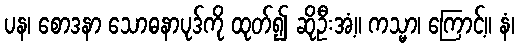
ပန၊ စောဒနာ သောဓနာပုဒ်ကို ထုတ်၍ ဆိုဦးအံ့။ ကသ္မာ၊ ကြောင့်။ နံ၊